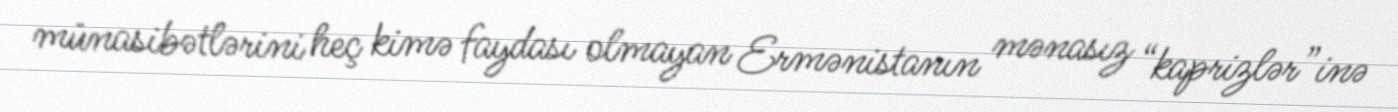
münasibətlərini heç kimə faydası olmayan Ermənistanın mənasız “kaprizlər”inə